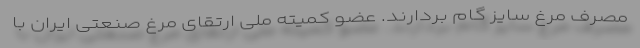
مصرف مرغ سایز گام بردارند. عضو کمیته ملی ارتقای مرغ صنعتی ایران با